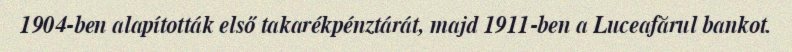
1904-ben alapították első takarékpénztárát, majd 1911-ben a Luceafărul bankot.